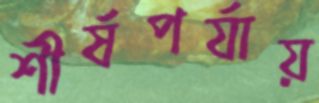
শীর্ষপর্যায়